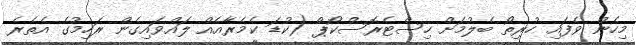
މިހެން ވެފައި ހުރިތޯ ބެލުމަށް ހިސްޓެރޮސްކޯޕް (ކުޑަ ކެމެރާއެއް ލައްވައިގެން ރަހިމުގެ އެތެރެ